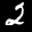
Label: 2